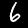
Digit: 6